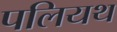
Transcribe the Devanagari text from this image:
पलियथ